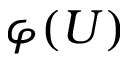
\varphi ( U )